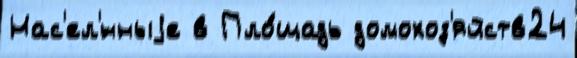
Нас'ел'́нныjе в Пло́щадь домохоз'яйств24